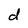
Character: d